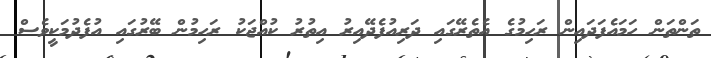
ތަންތަން ހަމައެފަދައިން ރަހިމުގެ އެތެރޭގައި ދަރިއުފެދޭއިރު އިތުރު ކުއްޖަކު ރަހިމުން ބޭރުގައި އުފެދުމަކީވެސް